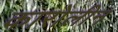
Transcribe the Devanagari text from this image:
कारोलीन